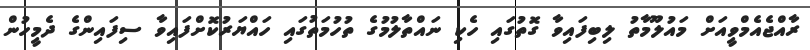
ރާއްޖެއެމްވީއަށް މައުލޫމާތު ލިބިފައިވާ ގޮތުގައި ހެކި ނައްތާލުމުގެ ތުހުމަތުގައި ހައްޔަރުކޮށްފައިވާ ސިފައިންގެ ދެމީހުން